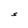
Character: S